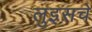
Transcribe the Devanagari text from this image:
लुइसचे